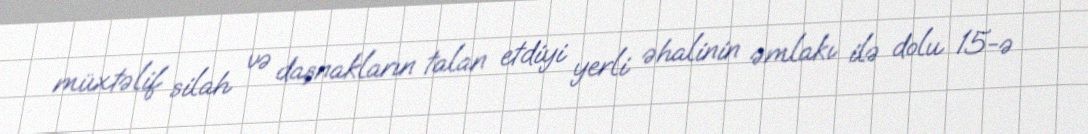
müxtəlif silah və daşnakların talan etdiyi yerli əhalinin əmlakı ilə dolu 15-ə